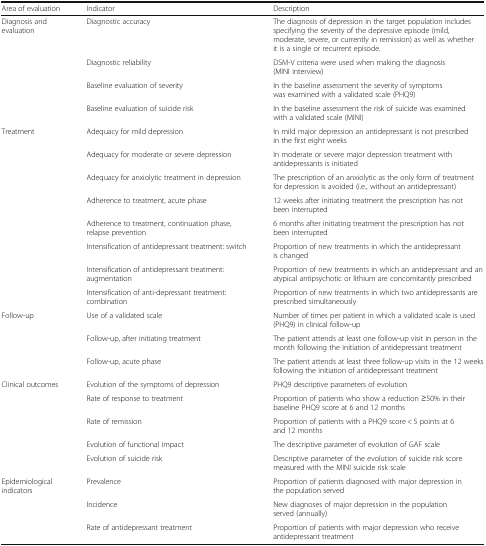
<table><thead><tr><td><b>Area of evaluation</b></td><td><b>Indicator</b></td><td><b>Description</b></td></tr></thead><tbody><tr><td rowspan="4">Diagnosis and evaluation</td><td>Diagnostic accuracy</td><td>The diagnosis of depression in the target population includes specifying the severity of the depressive episode (mild, moderate, severe, or currently in remission) as well as whether it is a single or recurrent episode.</td></tr><tr><td>Diagnostic reliability</td><td>DSM-V criteria were used when making the diagnosis (MINI interview)</td></tr><tr><td>Baseline evaluation of severity</td><td>In the baseline assessment the severity of symptoms was examined with a validated scale (PHQ9)</td></tr><tr><td>Baseline evaluation of suicide risk</td><td>In the baseline assessment the risk of suicide was examined with a validated scale (MINI)</td></tr><tr><td rowspan="8">Treatment</td><td>Adequacy for mild depression</td><td>In mild major depression an antidepressant is not prescribed in the first eight weeks</td></tr><tr><td>Adequacy for moderate or severe depression</td><td>In moderate or severe major depression treatment with antidepressants is initiated</td></tr><tr><td>Adequacy for anxiolytic treatment in depression</td><td>The prescription of an anxiolytic as the only form of treatment for depression is avoided (i.e., without an antidepressant)</td></tr><tr><td>Adherence to treatment, acute phase</td><td>12 weeks after initiating treatment the prescription has not been interrupted</td></tr><tr><td>Adherence to treatment, continuation phase, relapse prevention</td><td>6 months after initiating treatment the prescription has not been interrupted</td></tr><tr><td>Intensification of antidepressant treatment: switch</td><td>Proportion of new treatments in which the antidepressant is changed</td></tr><tr><td>Intensification of antidepressant treatment: augmentation</td><td>Proportion of new treatments in which an antidepressant and an atypical antipsychotic or lithium are concomitantly prescribed</td></tr><tr><td>Intensification of anti-depressant treatment: combination</td><td>Proportion of new treatments in which two antidepressants are prescribed simultaneously</td></tr><tr><td rowspan="3">Follow-up</td><td>Use of a validated scale</td><td>Number of times per patient in which a validated scale is used (PHQ9) in clinical follow-up</td></tr><tr><td>Follow-up, after initiating treatment</td><td>The patient attends at least one follow-up visit in person in the month following the initiation of antidepressant treatment</td></tr><tr><td>Follow-up, acute phase</td><td>The patient attends at least three follow-up visits in the 12 weeks following the initiation of antidepressant treatment</td></tr><tr><td rowspan="5">Clinical outcomes</td><td>Evolution of the symptoms of depression</td><td>PHQ9 descriptive parameters of evolution</td></tr><tr><td>Rate of response to treatment</td><td>Proportion of patients who show a reduction ≥50% in their baseline PHQ9 score at 6 and 12 months</td></tr><tr><td>Rate of remission</td><td>Proportion of patients with a PHQ9 score &lt; 5 points at 6 and 12 months</td></tr><tr><td>Evolution of functional impact</td><td>The descriptive parameter of evolution of GAF scale</td></tr><tr><td>Evolution of suicide risk</td><td>Descriptive parameter of the evolution of suicide risk score measured with the MINI suicide risk scale</td></tr><tr><td rowspan="3">Epidemiological indicators</td><td>Prevalence</td><td>Proportion of patients diagnosed with major depression in the population served</td></tr><tr><td>Incidence</td><td>New diagnoses of major depression in the population served (annually)</td></tr><tr><td>Rate of antidepressant treatment</td><td>Proportion of patients with major depression who receive antidepressant treatment</td></tr></tbody></table>